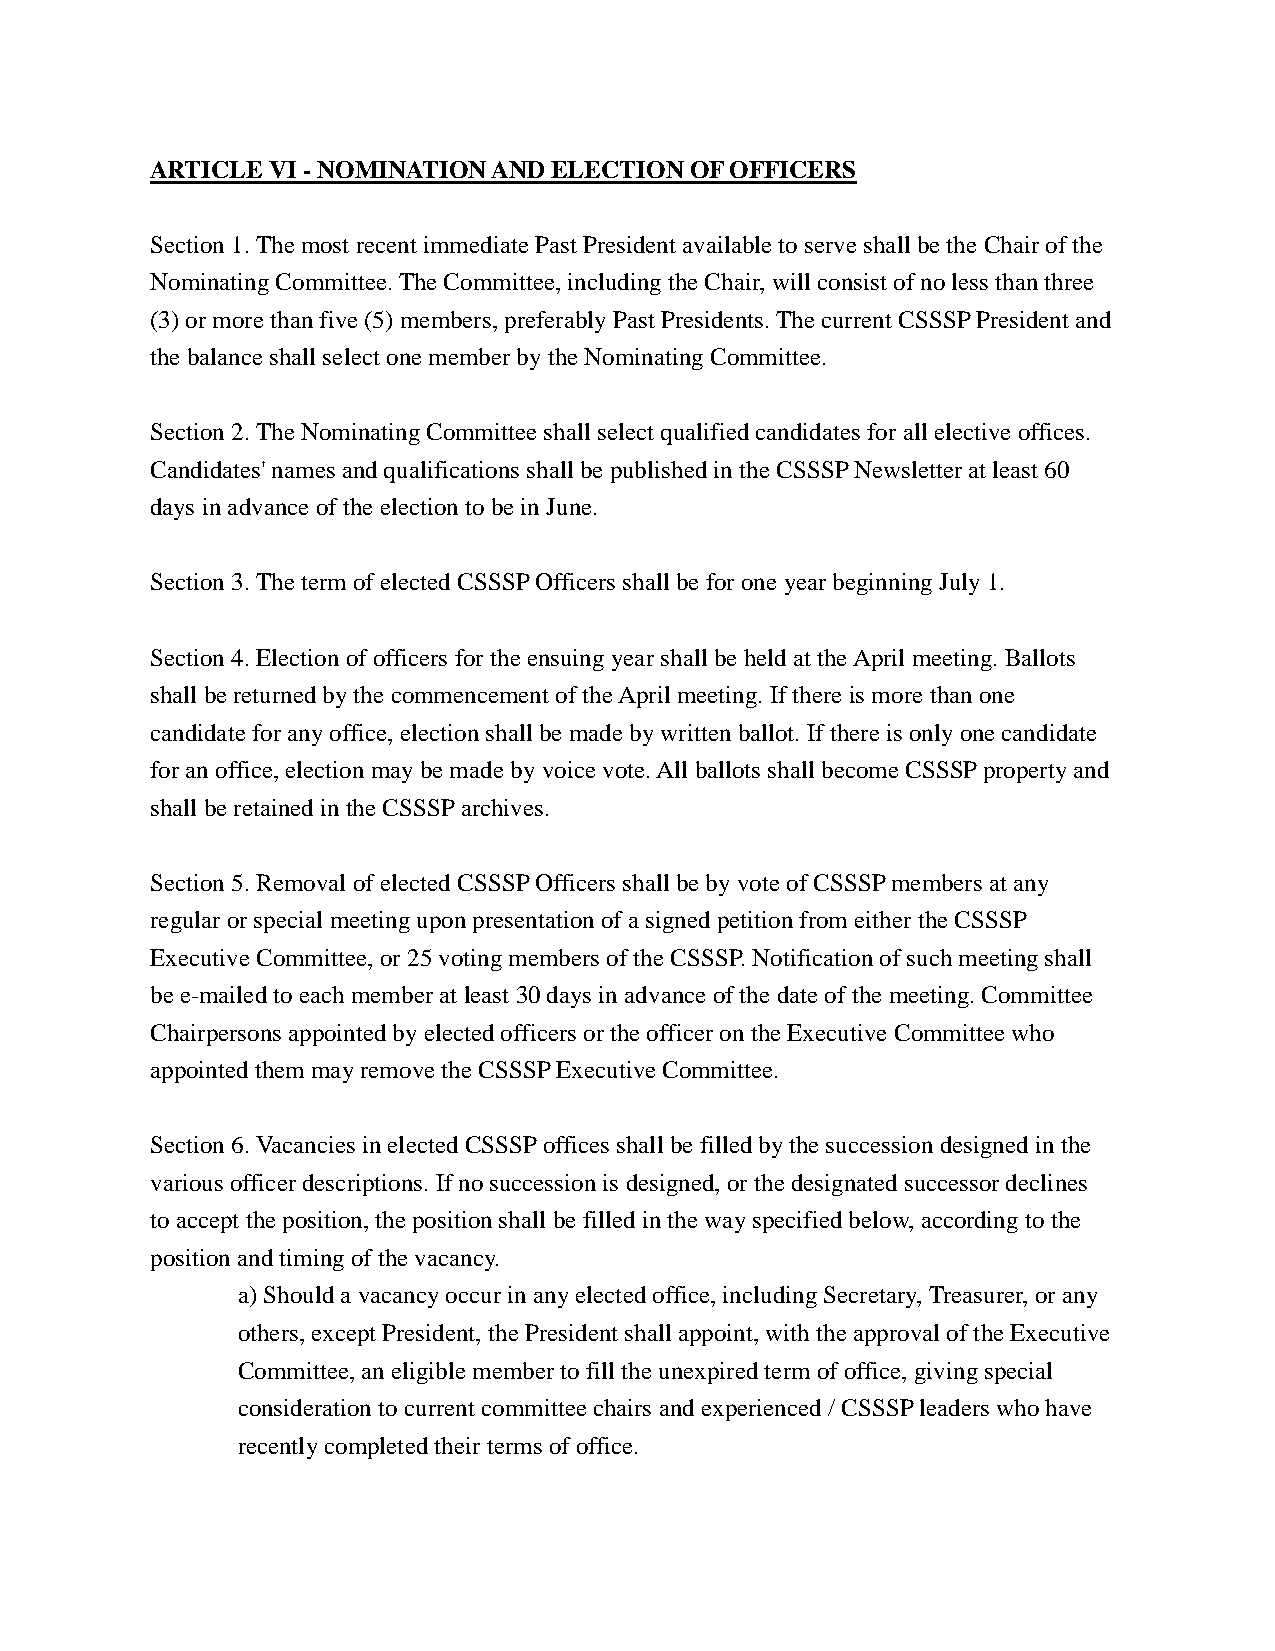
ARTICLE VI - NOMINATION AND ELECTION OF OFFICERS
 Section 1. The most recent immediate Past President available to serve shall be the Chair of the
 Nominating Committee. The Committee, including the Chair, will consist of no less than three
 (3) or more than five (5) members, preferably Past Presidents. The current CSSSP President and
 the balance shall select one member by the Nominating Committee.
 Section 2. The Nominating Committee shall select qualified candidates for all elective offices.
 Candidates' names and qualifications shall be published in the CSSSP Newsletter at least 60
 days in advance of the election to be in June.
 Section 3. The term of elected CSSSP Officers shall be for one year beginning July 1.
 Section 4. Election of officers for the ensuing year shall be held at the April meeting. Ballots
 shall be returned by the commencement of the April meeting. If there is more than one
 candidate for any office, election shall be made by written ballot. If there is only one candidate
 for an office, election may be made by voice vote. All ballots shall become CSSSP property and
 shall be retained in the CSSSP archives.
 Section 5. Removal of elected CSSSP Officers shall be by vote of CSSSP members at any
 regular or special meeting upon presentation of a signed petition from either the CSSSP
 Executive Committee, or 25 voting members of the CSSSP. Notification of such meeting shall
 be e-mailed to each member at least 30 days in advance of the date of the meeting. Committee
 Chairpersons appointed by elected officers or the officer on the Executive Committee who
 appointed them may remove the CSSSP Executive Committee.
 Section 6. Vacancies in elected CSSSP offices shall be filled by the succession designed in the
 various officer descriptions. If no succession is designed, or the designated successor declines
 to accept the position, the position shall be filled in the way specified below, according to the
 position and timing of the vacancy.
 a) Should a vacancy occur in any elected office, including Secretary, Treasurer, or any
 others, except President, the President shall appoint, with the approval of the Executive
 Committee, an eligible member to fill the unexpired term of office, giving special
 consideration to current committee chairs and experienced / CSSSP leaders who have
 recently completed their terms of office.